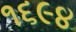
૧૬૯૪